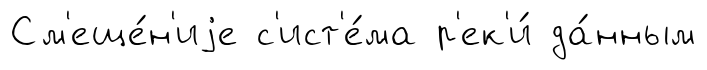
См'еще́н'иjе с'ист'е́ма р'ек'и́ да́нным